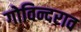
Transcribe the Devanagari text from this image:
गोविन्दराव